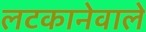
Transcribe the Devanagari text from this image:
लटकानेवाले